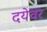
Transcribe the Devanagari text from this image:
दयेवर